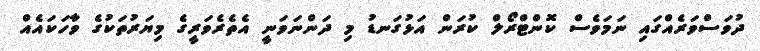
ދުވަސްވަރެއްގައި ނަމަވެސް ކޮންޓްރޯލް ކުރަން އަޅުގަނޑު މި ދަންނަވަނީ އެތެރެވަރީގެ މިޔަރުތަކުގެ ވާހަކައެއް